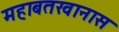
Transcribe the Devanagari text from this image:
महाबतखानास